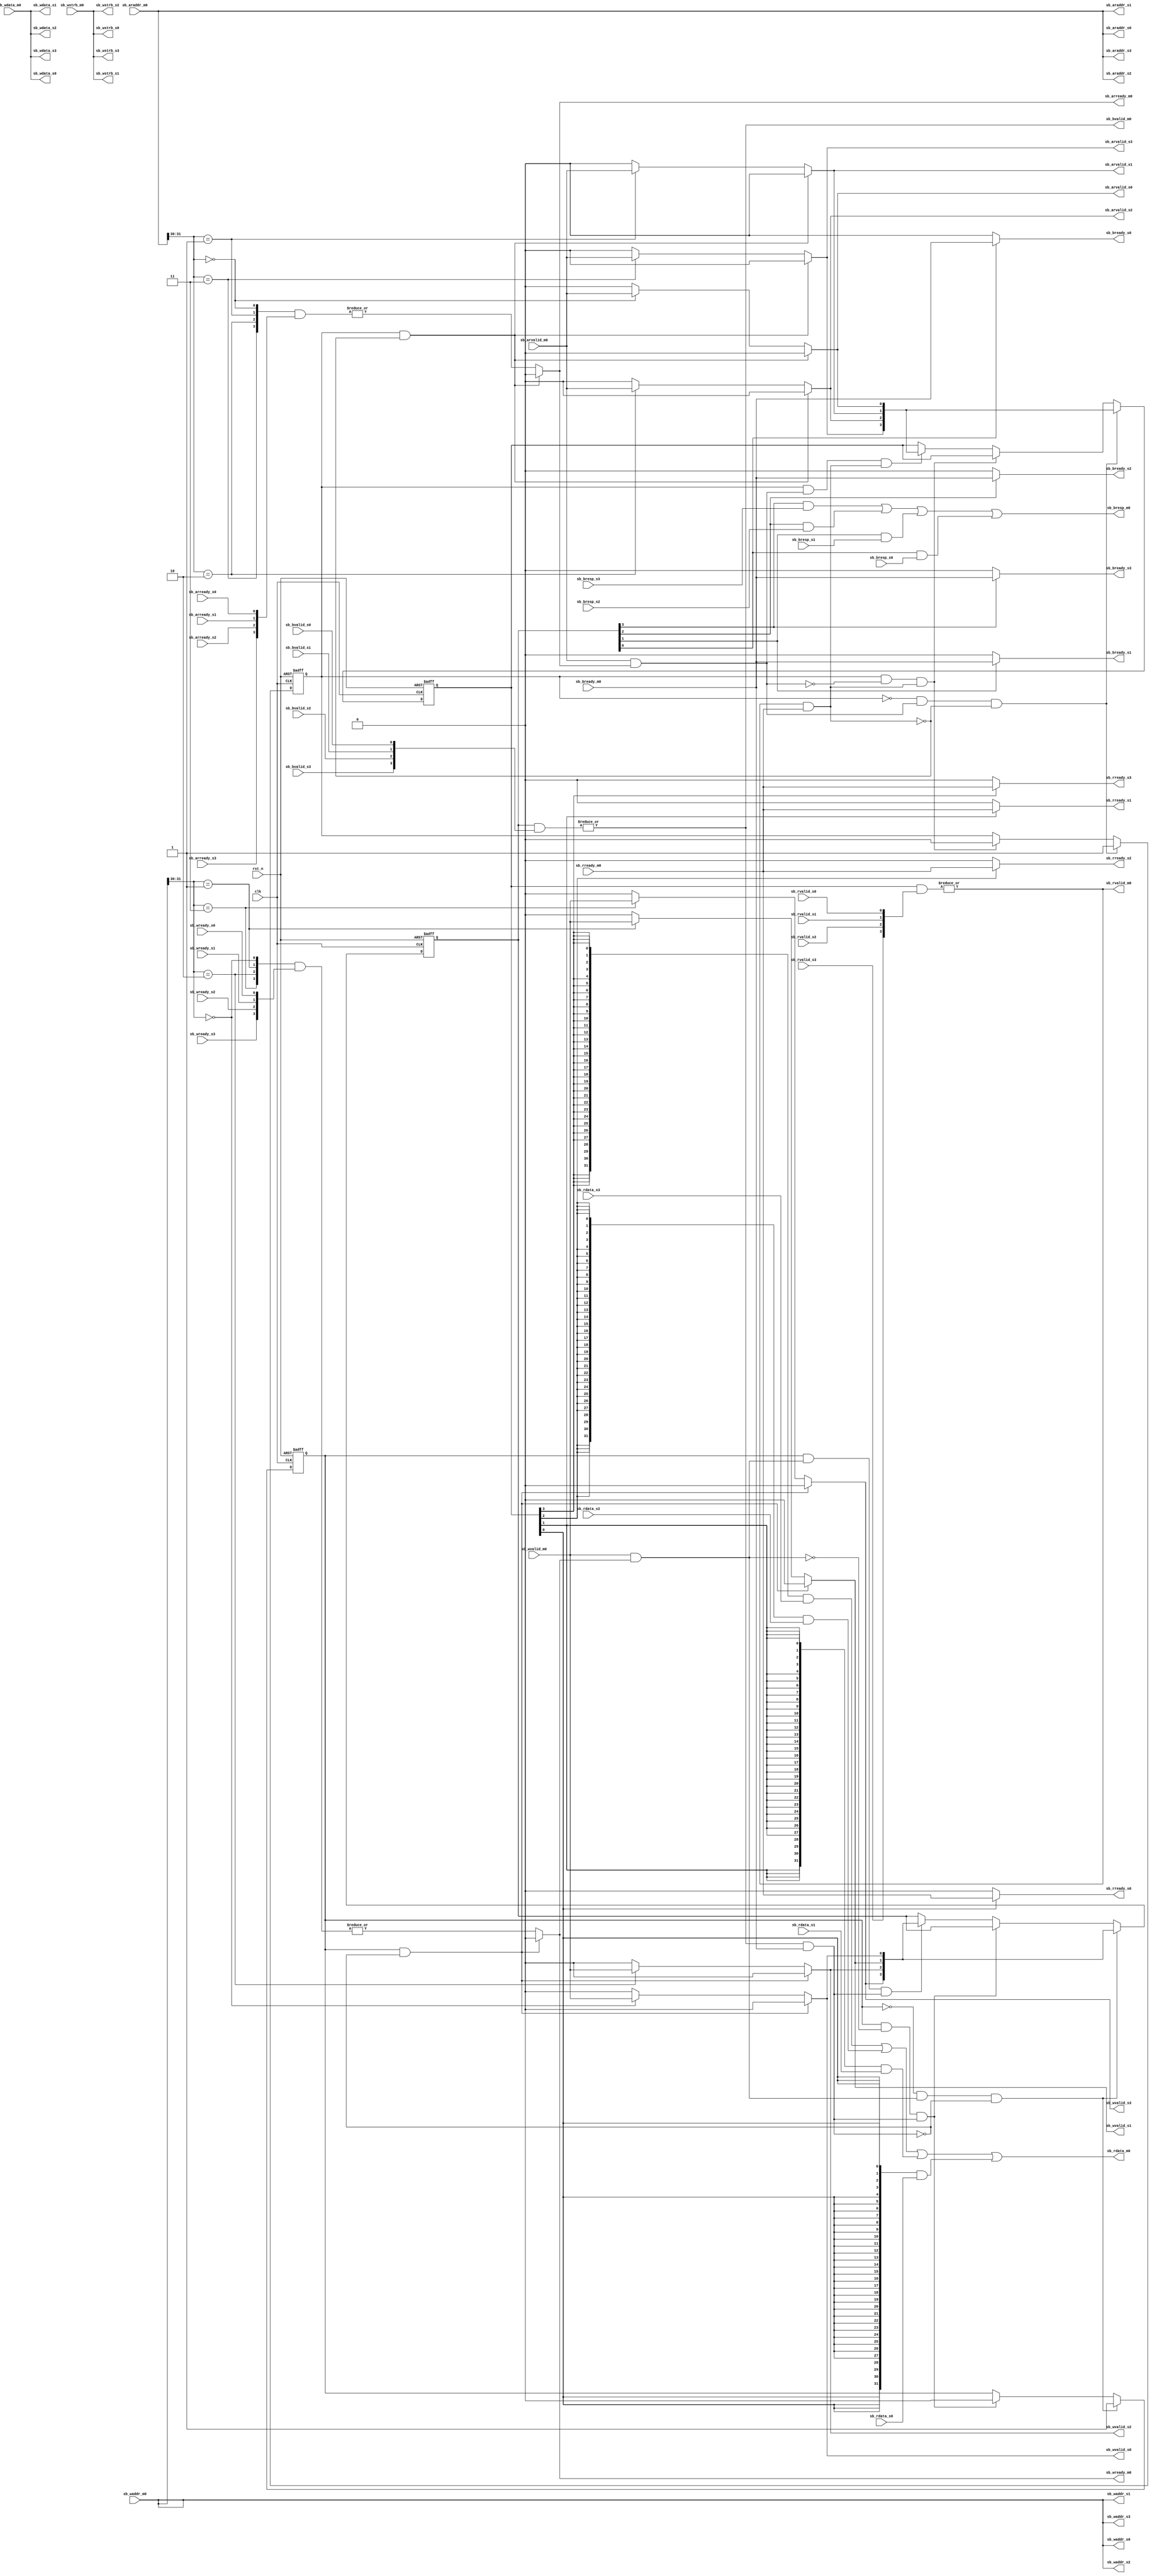
//-----------------------------------------------------------------------------
//   Copyright 2022 GanLing, 1577959692@qq.com
//
//   Licensed under the Apache License, Version 2.0 (the "License");
//   you may not use this file except in compliance with the License.
//   You may obtain a copy of the License at
//
//       http://www.apache.org/licenses/LICENSE-2.0
//
//   Unless required by applicable law or agreed to in writing, software
//   distributed under the License is distributed on an "AS IS" BASIS,
//   WITHOUT WARRANTIES OR CONDITIONS OF ANY KIND, either express or implied.
//   See the License for the specific language governing permissions and
//   limitations under the License.
//-----------------------------------------------------------------------------

module sb_1m4s (
input           clk,
input           rst_n,
//--------------------------------------------
// master 0
//--------------------------------------------
// read address channel
input           sb_arvalid_m0,
output          sb_arready_m0,
input   [31:0]  sb_araddr_m0,
// read data channel
output          sb_rvalid_m0,
input           sb_rready_m0,
output   [31:0] sb_rdata_m0,
// write channel
input           sb_wvalid_m0,
output          sb_wready_m0,
input   [31:0]  sb_waddr_m0,
input   [31:0]  sb_wdata_m0,
input   [3:0]   sb_wstrb_m0,
// write response channel
output          sb_bvalid_m0,
input           sb_bready_m0,
output          sb_bresp_m0,
//--------------------------------------------
// slave 0
//--------------------------------------------
// read address channel
output          sb_arvalid_s0,
input           sb_arready_s0,
output  [31:0]  sb_araddr_s0,
// read data channel
input           sb_rvalid_s0,
output          sb_rready_s0,
input   [31:0]  sb_rdata_s0,
// write channel
output          sb_wvalid_s0,
input           sb_wready_s0,
output  [31:0]  sb_waddr_s0,
output  [31:0]  sb_wdata_s0,
output  [3:0]   sb_wstrb_s0,
// write response channel
input           sb_bvalid_s0,
output          sb_bready_s0,
input           sb_bresp_s0,
//--------------------------------------------
// slave 1
//--------------------------------------------
// read address channel
output          sb_arvalid_s1,
input           sb_arready_s1,
output  [31:0]  sb_araddr_s1,
// read data channel
input           sb_rvalid_s1,
output          sb_rready_s1,
input   [31:0]  sb_rdata_s1,
// write channel
output          sb_wvalid_s1,
input           sb_wready_s1,
output  [31:0]  sb_waddr_s1,
output  [31:0]  sb_wdata_s1,
output  [3:0]   sb_wstrb_s1,
// write response channel
input           sb_bvalid_s1,
output          sb_bready_s1,
input           sb_bresp_s1,
//--------------------------------------------
// slave 2
//--------------------------------------------
// read address channel
output          sb_arvalid_s2,
input           sb_arready_s2,
output  [31:0]  sb_araddr_s2,
// read data channel
input           sb_rvalid_s2,
output          sb_rready_s2,
input   [31:0]  sb_rdata_s2,
// write channel
output          sb_wvalid_s2,
input           sb_wready_s2,
output  [31:0]  sb_waddr_s2,
output  [31:0]  sb_wdata_s2,
output  [3:0]   sb_wstrb_s2,
// write response channel
input           sb_bvalid_s2,
output          sb_bready_s2,
input           sb_bresp_s2,
//--------------------------------------------
// slave 3
//--------------------------------------------
// read address channel
output          sb_arvalid_s3,
input           sb_arready_s3,
output  [31:0]  sb_araddr_s3,
// read data channel
input           sb_rvalid_s3,
output          sb_rready_s3,
input   [31:0]  sb_rdata_s3,
// write channel
output          sb_wvalid_s3,
input           sb_wready_s3,
output  [31:0]  sb_waddr_s3,
output  [31:0]  sb_wdata_s3,
output  [3:0]   sb_wstrb_s3,
// write response channel
input           sb_bvalid_s3,
output          sb_bready_s3,
input           sb_bresp_s3

);

reg       arflag;
reg [3:0] arslv;
wire      arslv0;
wire      arslv1;
wire      arslv2;
wire      arslv3;
wire      ar_ok;
wire      r_ok;

assign    arslv0  = sb_araddr_m0[31:30] ==  2'b00;
assign    arslv1  = sb_araddr_m0[31:30] ==  2'b01;
assign    arslv2  = sb_araddr_m0[31:30] ==  2'b10;
assign    arslv3  = sb_araddr_m0[31:30] ==  2'b11;

assign    ar_ok = sb_arvalid_m0 & sb_arready_m0;
assign    r_ok  = sb_rvalid_m0  & sb_rready_m0;

always @ (posedge clk or negedge rst_n) begin
  if(!rst_n) begin
    arflag  <=  1'b0;
    arslv   <=  4'b0;
  end
  //else if(~arflag & ~ar_ok & ~r_ok) begin
  //  // do nothing
  //  arflag  <=  arflag;
  //  arslv   <=  arslv;
  //end
  else if(~arflag & ar_ok & ~r_ok) begin
    // set the full flag and record slave number
    arflag  <=  1'b1;
    arslv   <=  {sb_arvalid_s3,sb_arvalid_s2,sb_arvalid_s1,sb_arvalid_s0};
  end
  //else if(~arflag & ~ar_ok & r_ok) begin
  //  // this will never happen
  //  arflag  <=  arflag;
  //  arslv   <=  arslv;
  //end
  //else if(~arflag & ar_ok & r_ok) begin
  //  // this will never happen
  //  arflag  <=  arflag;
  //  arslv   <=  arslv;
  //end
  //else if(arflag & ~ar_ok & ~r_ok) begin
  //  // do nothing
  //  arflag  <=  arflag;
  //  arslv   <=  arslv;
  //end
  else if(arflag & ~ar_ok & r_ok) begin
    // clear the full flag
    arflag  <=  1'b0;
  //  arslv   <=  arslv;
  end
  //else if(arflag & ar_ok & ~r_ok) begin
  //  // this will never happen
  //  arflag  <=  arflag;
  //  arslv   <=  arslv;
  //end
  else if(arflag & ar_ok & r_ok) begin
    // full flag maintain and record new slave number
  //  arflag  <=  arflag;
    arslv   <=  {sb_arvalid_s3,sb_arvalid_s2,sb_arvalid_s1,sb_arvalid_s0};
  end
end

assign    sb_arvalid_s0   = (arflag & ~r_ok) ? 1'b0 : arslv0 ? sb_arvalid_m0 : 1'b0;
assign    sb_arvalid_s1   = (arflag & ~r_ok) ? 1'b0 : arslv1 ? sb_arvalid_m0 : 1'b0;
assign    sb_arvalid_s2   = (arflag & ~r_ok) ? 1'b0 : arslv2 ? sb_arvalid_m0 : 1'b0;
assign    sb_arvalid_s3   = (arflag & ~r_ok) ? 1'b0 : arslv3 ? sb_arvalid_m0 : 1'b0;
assign    sb_araddr_s0    = sb_araddr_m0;
assign    sb_araddr_s1    = sb_araddr_m0;
assign    sb_araddr_s2    = sb_araddr_m0;
assign    sb_araddr_s3    = sb_araddr_m0;
assign    sb_arready_m0   = (arflag & ~r_ok) ? 1'b0 : (|({arslv3,arslv2,arslv1,arslv0} & {sb_arready_s3,sb_arready_s2,sb_arready_s1,sb_arready_s0}));

assign    sb_rvalid_m0      = |(arslv & {sb_rvalid_s3,sb_rvalid_s2,sb_rvalid_s1,sb_rvalid_s0});
assign    sb_rready_s0      = arslv[0] ? sb_rready_m0 : 1'b0;
assign    sb_rready_s1      = arslv[1] ? sb_rready_m0 : 1'b0;
assign    sb_rready_s2      = arslv[2] ? sb_rready_m0 : 1'b0;
assign    sb_rready_s3      = arslv[3] ? sb_rready_m0 : 1'b0;
assign    sb_rdata_m0       = ({32{arslv[3]}} & sb_rdata_s3)
                            | ({32{arslv[2]}} & sb_rdata_s2)
                            | ({32{arslv[1]}} & sb_rdata_s1)
                            | ({32{arslv[0]}} & sb_rdata_s0);

//-------------------------------------------------------------------------------------------------------------------------------------------------

reg       wflag;
reg [3:0] wslv;
wire      wslv0;
wire      wslv1;
wire      wslv2;
wire      wslv3;
wire      w_ok;
wire      b_ok;

assign    wslv0  = sb_waddr_m0[31:30] ==  2'b00;
assign    wslv1  = sb_waddr_m0[31:30] ==  2'b01;
assign    wslv2  = sb_waddr_m0[31:30] ==  2'b10;
assign    wslv3  = sb_waddr_m0[31:30] ==  2'b11;

assign    w_ok  = sb_wvalid_m0 & sb_wready_m0;
assign    b_ok  = sb_bvalid_m0 & sb_bready_m0;

always @ (posedge clk or negedge rst_n) begin
  if(!rst_n) begin
    wflag  <=  1'b0;
    wslv   <=  4'b0;
  end
  //else if(~wflag & ~w_ok & ~b_ok) begin
  //  // do nothing
  //  wflag  <=  wflag;
  //  wslv   <=  wslv;
  //end
  else if(~wflag & w_ok & ~b_ok) begin
    // set the full flag and record slave number
    wflag  <=  1'b1;
    wslv   <=  {sb_wvalid_s3,sb_wvalid_s2,sb_wvalid_s1,sb_wvalid_s0};
  end
  //else if(~wflag & ~w_ok & b_ok) begin
  //  // this will never happen
  //  wflag  <=  wflag;
  //  wslv   <=  wslv;
  //end
  //else if(~wflag & w_ok & b_ok) begin
  //  // this will never happen
  //  wflag  <=  wflag;
  //  wslv   <=  wslv;
  //end
  //else if(wflag & ~w_ok & ~b_ok) begin
  //  // do nothing
  //  wflag  <=  wflag;
  //  wslv   <=  wslv;
  //end
  else if(wflag & ~w_ok & b_ok) begin
    // clear the full flag
    wflag  <=  1'b0;
  //  wslv   <=  wslv;
  end
  //else if(wflag & w_ok & ~b_ok) begin
  //  // this will never happen
  //  wflag  <=  wflag;
  //  wslv   <=  wslv;
  //end
  else if(wflag & w_ok & b_ok) begin
    // full flag maintain and record new slave number
  //  wflag  <=  wflag;
    wslv   <=  {sb_wvalid_s3,sb_wvalid_s2,sb_wvalid_s1,sb_wvalid_s0};
  end
end

assign    sb_wvalid_s0   = (wflag & ~b_ok) ? 1'b0 : wslv0 ? sb_wvalid_m0 : 1'b0;
assign    sb_wvalid_s1   = (wflag & ~b_ok) ? 1'b0 : wslv1 ? sb_wvalid_m0 : 1'b0;
assign    sb_wvalid_s2   = (wflag & ~b_ok) ? 1'b0 : wslv2 ? sb_wvalid_m0 : 1'b0;
assign    sb_wvalid_s3   = (wflag & ~b_ok) ? 1'b0 : wslv3 ? sb_wvalid_m0 : 1'b0;
assign    sb_waddr_s0    = sb_waddr_m0;
assign    sb_waddr_s1    = sb_waddr_m0;
assign    sb_waddr_s2    = sb_waddr_m0;
assign    sb_waddr_s3    = sb_waddr_m0;
assign    sb_wdata_s0    = sb_wdata_m0;
assign    sb_wdata_s1    = sb_wdata_m0;
assign    sb_wdata_s2    = sb_wdata_m0;
assign    sb_wdata_s3    = sb_wdata_m0;
assign    sb_wstrb_s0    = sb_wstrb_m0;
assign    sb_wstrb_s1    = sb_wstrb_m0;
assign    sb_wstrb_s2    = sb_wstrb_m0;
assign    sb_wstrb_s3    = sb_wstrb_m0;
assign    sb_wready_m0   = (wflag & ~b_ok) ? 1'b0 : (|({wslv3,wslv2,wslv1,wslv0} & {sb_wready_s3,sb_wready_s2,sb_wready_s1,sb_wready_s0}));

assign    sb_bvalid_m0      = |(wslv & {sb_bvalid_s3,sb_bvalid_s2,sb_bvalid_s1,sb_bvalid_s0});
assign    sb_bready_s0      = wslv[0] ? sb_bready_m0 : 1'b0;
assign    sb_bready_s1      = wslv[1] ? sb_bready_m0 : 1'b0;
assign    sb_bready_s2      = wslv[2] ? sb_bready_m0 : 1'b0;
assign    sb_bready_s3      = wslv[3] ? sb_bready_m0 : 1'b0;
assign    sb_bresp_m0       = (wslv[3] & sb_bresp_s3)
                            | (wslv[2] & sb_bresp_s2)
                            | (wslv[1] & sb_bresp_s1)
                            | (wslv[0] & sb_bresp_s0);



endmodule